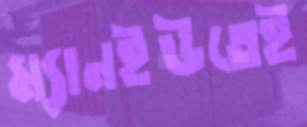
ম্যানইউতেই